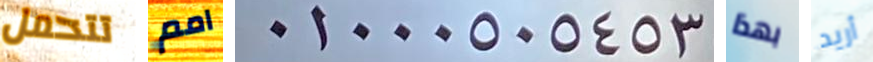
تتحمل امم 01000505453 بهذا أريد